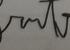
Signature authenticity: forged